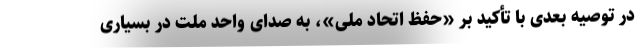
در توصیه بعدی با تأکید بر «حفظ اتحاد ملی»، به صدای واحد ملت در بسیاری